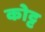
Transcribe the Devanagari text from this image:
कोट्ट